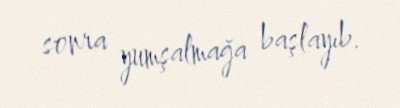
sonra yumşalmağa başlayıb.